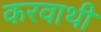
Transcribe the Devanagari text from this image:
करवाथी